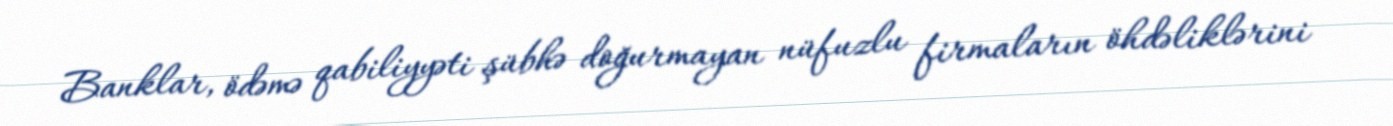
Banklar, ödəmə qabiliyyəti şübhə doğurmayan nüfuzlu firmaların öhdəliklərini